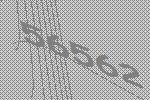
56562